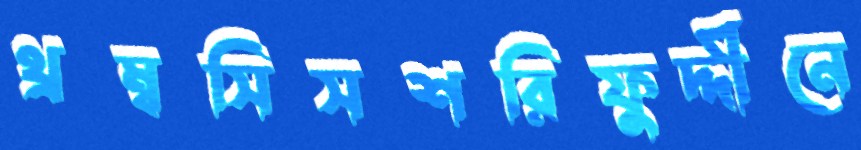
থ্রম্বসিসশরিফুদ্দীনে